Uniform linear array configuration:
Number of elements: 32
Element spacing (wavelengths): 1
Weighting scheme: binomial
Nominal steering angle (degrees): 0
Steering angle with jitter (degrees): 1.441
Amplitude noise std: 0.05
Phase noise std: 0.05

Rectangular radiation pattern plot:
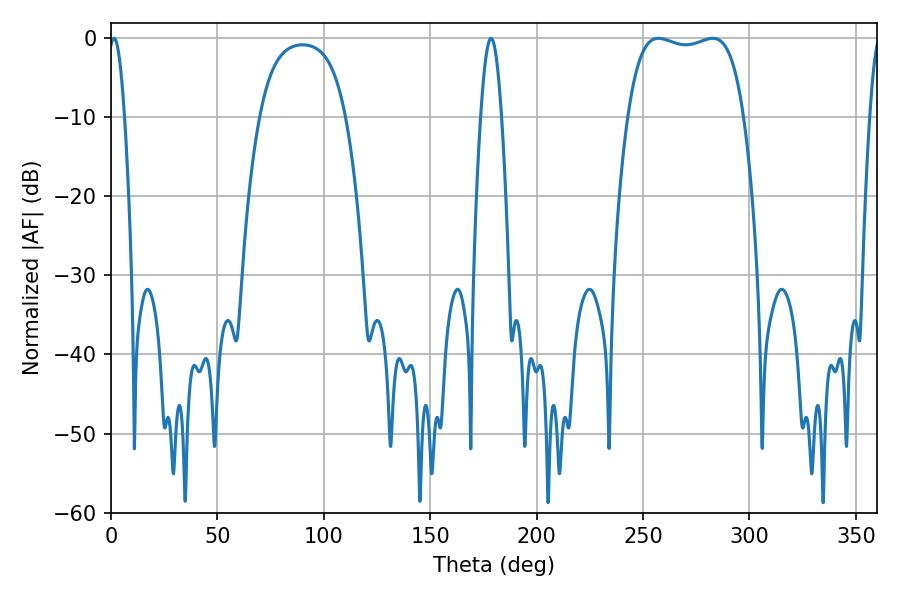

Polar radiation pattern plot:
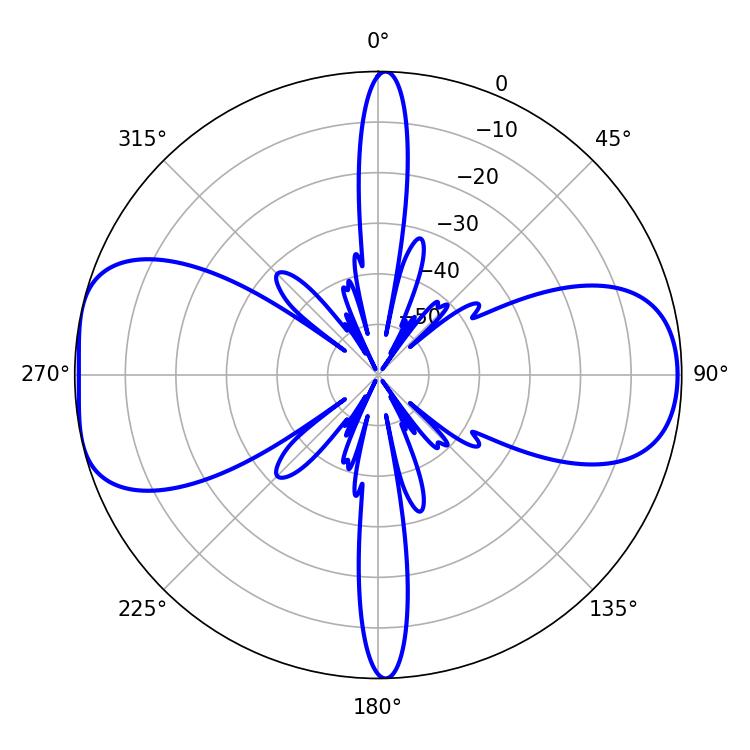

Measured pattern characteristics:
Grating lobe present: TRUE
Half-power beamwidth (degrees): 43.56
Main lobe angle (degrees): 257.22